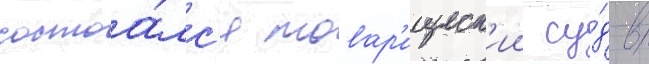
состоа́лс'я товар'ищеск'ии су́д в